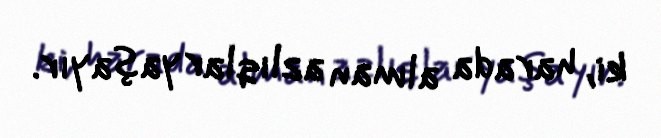
ki, harada alman azlıqlar yaşayır.